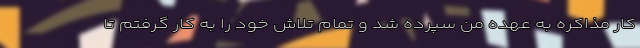
کار مذاکره به عهده من سپرده شد و تمام تلاش خود را به کار گرفتم تا